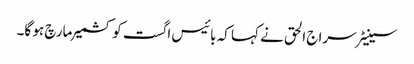
سینیٹر سراج الحق نے کہا کہ بائیس اگست کو کشمیر مارچ ہو گا۔